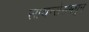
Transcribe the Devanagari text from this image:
सायन्सेसमधून